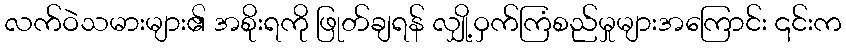
လက်ဝဲသမားများ၏ အစိုးရကို ဖြုတ်ချရန် လျှို့ဝှက်ကြံစည်မှုများအကြောင်း ၎င်းက